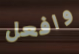
وافعل